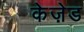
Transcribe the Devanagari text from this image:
केज़ेड